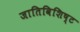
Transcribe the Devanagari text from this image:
जातिविशिष्ट